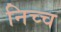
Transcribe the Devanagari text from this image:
निच्च